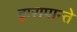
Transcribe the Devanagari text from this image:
द्वारापान्ते